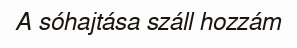
A sóhajtása száll hozzám